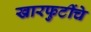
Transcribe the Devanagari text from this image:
खारफुटींचे